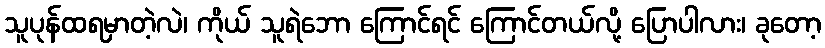
သူပုန်ထရမှာတဲ့လဲ၊ ကိုယ် သူရဲဘော ကြောင်ရင် ကြောင်တယ်လို့ ပြောပါလား၊ ခုတော့